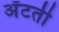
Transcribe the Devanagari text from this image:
अँटती